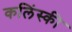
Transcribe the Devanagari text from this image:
कलिंस्की